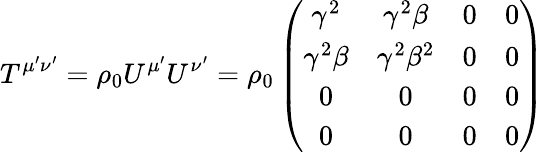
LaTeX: T^{\mu^{\prime}\nu^{\prime}}=\rho_{0}U^{\mu^{\prime}}U^{\nu^{\prime}}=\rho_{0}\left(\begin{array}{cccc}{\gamma^{2}}&{\gamma^{2}\beta}&{0}&{0}\\ {\gamma^{2}\beta}&{\gamma^{2}\beta^{2}}&{0}&{0}\\ {0}&{0}&{0}&{0}\\ {0}&{0}&{0}&{0}\end{array}\right)